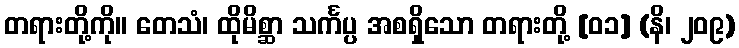
တရားတို့ကို။ တေသံ၊ ထိုမိစ္ဆာ သင်္ကပ္ပ အစရှိသော တရားတို့ [၀၁] (နိ၊ ၂၀၉)